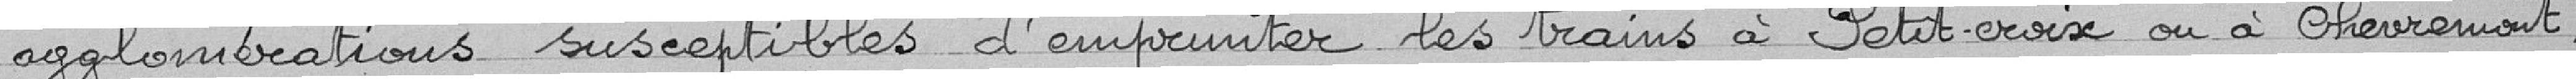
agglomérations susceptibles d'emprunter les trains à Petit-Croix ou à Chèvremont,